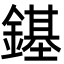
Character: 䥓